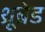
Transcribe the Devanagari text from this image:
थ्रूब्रेड